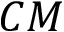
C M